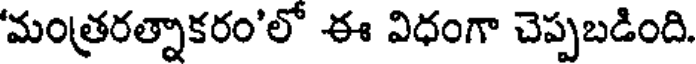
'మంత్రరత్నాకరం'లో ఈ విధంగా చెప్పబడింది.